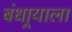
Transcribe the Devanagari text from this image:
बंधार्‍याला